Punjab Mental Hospital Lahore 1932-46 - 1932-1946
Year: 1932
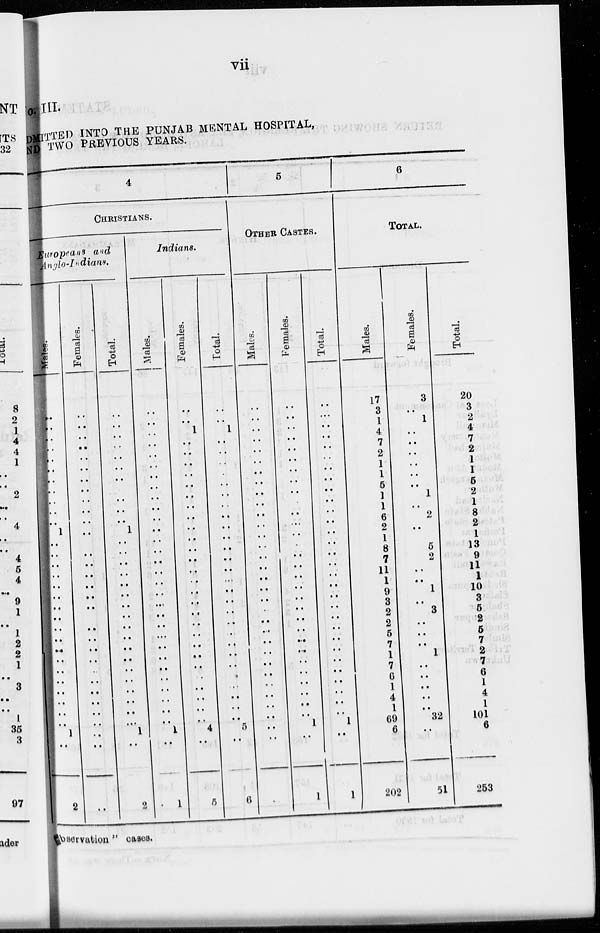
vii
III.
ADMITTED INTO THE PUNJAB MENTAL HOSPITAL,
TWO PREVIOUS YEARS.
4
CHRISTIANS.
Europeans and
Anglo-Indians.
Males.
..
..
..
..
..
..
..
..
..
..
..
1
..
..
..
..
..
..
..
..
..
..
..
..
..
..
..
..
..
..
..
..
2
Females.
..
..
..
..
..
..
..
..
..
..
..
..
..
..
..
..
..
..
..
..
..
..
..
..
..
..
..
..
..
..
..
..
..
Total.
..
..
..
..
..
..
..
..
..
..
..
1
..
..
..
..
..
..
..
..
..
..
..
..
..
..
..
..
..
..
1
..
2
Indians.
Males.
..
..
..
..
..
..
..
..
..
..
..
..
..
..
..
..
..
..
..
..
..
..
..
..
..
..
..
..
..
..
1
..
1
Females.
..
..
1
..
..
..
..
..
..
..
..
..
..
..
..
..
..
..
..
..
..
..
..
..
..
..
..
..
..
..
4
..
5
Total.
..
..
1
..
..
..
..
..
..
..
..
..
..
..
..
..
..
..
..
..
..
..
..
..
..
..
..
..
..
..
5
..
6
5
OTHER CASTES.
Males.
..
..
..
..
..
..
..
..
..
..
..
..
..
..
..
..
..
..
..
..
..
..
..
..
..
..
..
..
..
..
..
..
..
Females.
..
..
..
..
..
..
..
..
..
..
..
..
..
..
..
..
..
..
..
..
..
..
..
..
..
..
..
..
..
..
1
..
1
Total.
..
..
..
..
..
..
..
..
..
..
..
..
..
..
..
..
..
..
..
..
..
..
..
..
..
..
..
..
..
..
1
..
1
6
TOTAL.
Males.
17
3
1
4
7
2
1
1
5
1
1
6
2
1
8
7
11
1
9
3
2
2
5
7
1
7
6
1
4
1
69
6
202
Females.
3
..
1
..
..
..
..
..
..
1
..
2
..
..
5
2
..
..
1
..
3
..
..
..
1
..
..
..
..
..
32
..
51
Total.
20
3
2
4
7
2
1
1
5
2
1
8
2
1
13
9
11
1
10
3
5
2
5
7
2
7
6
1
4
1
101
6
253
observation " cases.